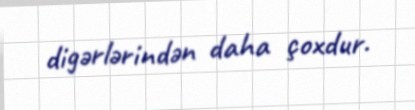
digərlərindən daha çoxdur.